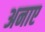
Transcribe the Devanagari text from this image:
अनाए